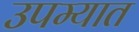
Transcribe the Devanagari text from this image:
उपम्यात